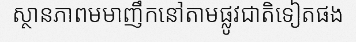
ស្ថានភាពមមាញឹកនៅតាមផ្លូវជាតិទៀតផង